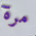
مرة